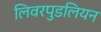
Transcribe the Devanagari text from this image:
लिवरपुडलियन